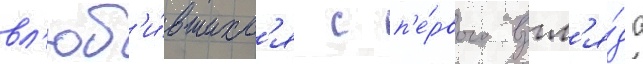
вл'юб'и́вшихс'я с п'е́рвого взгл'я́да